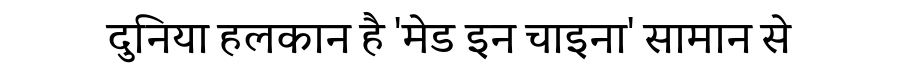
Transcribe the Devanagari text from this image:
दुनिया हलकान है 'मेड इन चाइना' सामान से